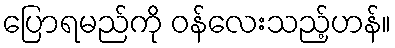
ပြောရမည်ကို ဝန်လေးသည့်ဟန်။